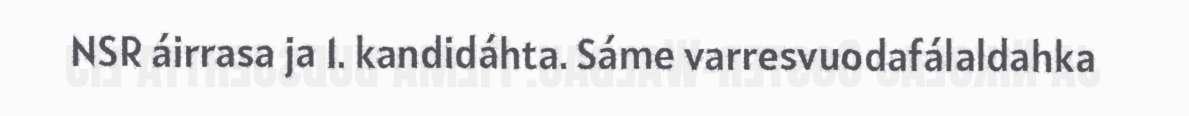
NSR áirrasa ja 1. kandidáhta. Sáme varresvuodafálaldahka